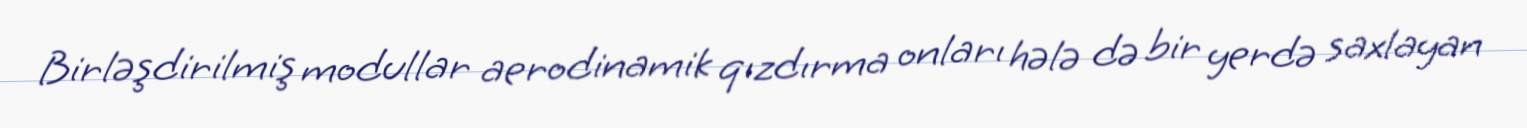
Birləşdirilmiş modullar aerodinamik qızdırma onları hələ də bir yerdə saxlayan